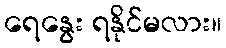
ရေနွေး ရနိုင်မလား။